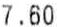
7.60